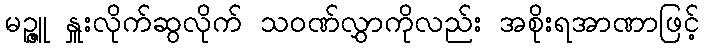
မဉ္ဇူ နှူးလိုက်ဆွလိုက် သဝဏ်လွှာကိုလည်း အစိုးရအာဏာဖြင့်